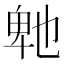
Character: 𭅤